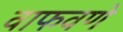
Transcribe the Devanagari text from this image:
वाफवणे